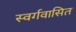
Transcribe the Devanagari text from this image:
स्वर्गवासित